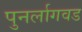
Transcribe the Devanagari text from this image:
पुनर्लागवड